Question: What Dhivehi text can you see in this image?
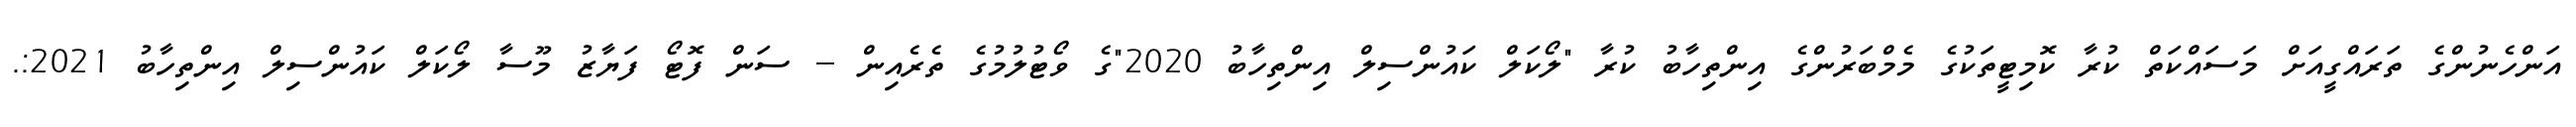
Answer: އަންހެނުންގެ ތަރައްގީއަށް މަސައްކަތް ކުރާ ކޮމިޓީތަކުގެ މެމްބަރުންގެ އިންތިހާބު ކުރާ "ލޯކަލް ކައުންސިލް އިންތިހާބު 2020"ގެ ވޯޓުލުމުގެ ތެރެއިން -- ސަން ފޮޓޯ ފަޔާޒު މޫސާ ލޯކަލް ކައުންސިލް އިންތިހާބު 2021:.